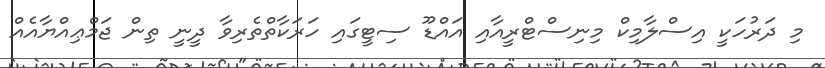
މި ދަރުހަކީ އިސްލާމިކް މިނިސްޓްރީއާއި އައްޑޫ ސިޓީގައި ހަރަކާތްތެރިވާ ދީނީ ތިން ޖަމްޢިއްޔާއެއް